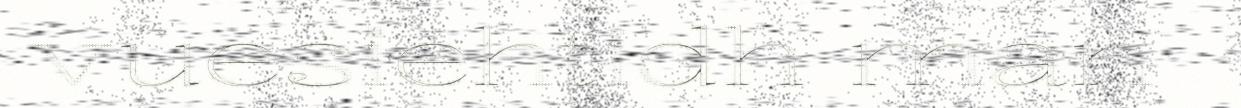
vuesiehtidh man